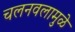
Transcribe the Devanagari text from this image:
चलनवलामुळे